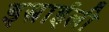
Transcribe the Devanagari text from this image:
इस्राईली